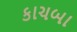
કાચબા